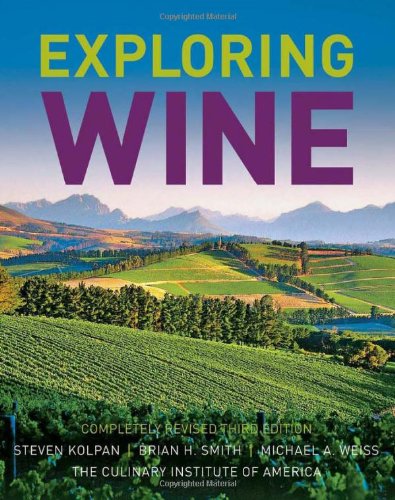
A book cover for Exploring Wine: Completely Revised 3rd Edition; Steven Kolpan; Cookbooks, Food & Wine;